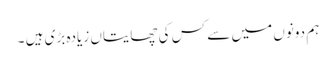
ہم دونوں میں سے کس کی چھایتاں زیادہ بڑی ہیں ۔